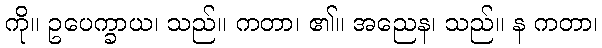
ကို။ ဥပေက္ခာယ၊ သည်။ ကတာ၊ ၏။ အညေန၊ သည်။ န ကတာ၊